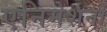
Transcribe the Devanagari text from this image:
एनिमेशनों